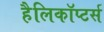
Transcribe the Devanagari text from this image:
हैलिकॉप्टर्स